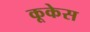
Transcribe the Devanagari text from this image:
कूकेस